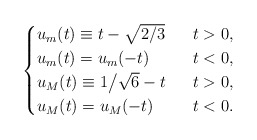
\begin{align*}\ \begin{cases}u_m(t)\equiv t-\sqrt{2/3}& \ \ t>0, \\u_m(t)= u_m(-t)&\ \ t<0,\\u_M(t)\equiv 1\big/\sqrt{6}-t& \ \ t>0, \\u_M(t)= u_M(-t)&\ \ t<0.\end{cases}\end{align*}